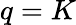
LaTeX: q=K